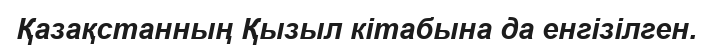
Қазақстанның Қызыл кітабына да енгізілген.